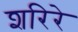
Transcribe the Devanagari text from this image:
शरिरे